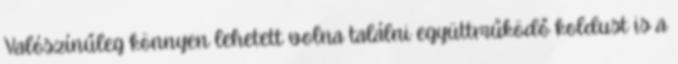
Valószínűleg könnyen lehetett volna találni együttműködő koldust is a